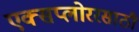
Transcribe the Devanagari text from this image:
एक्सप्लोररसाठी